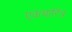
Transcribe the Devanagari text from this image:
एकचारित्र